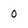
Character: 0